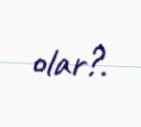
olar?.